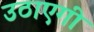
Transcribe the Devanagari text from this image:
उठाएगी